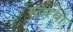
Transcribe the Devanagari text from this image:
स्टोरबो